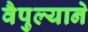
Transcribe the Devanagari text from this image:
वैपुल्याने